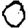
Digit: 0